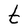
Character: t